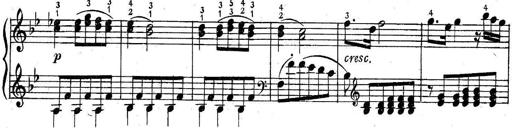
Title: 6 Easy Sonatinas
Composer: Carl Czerny